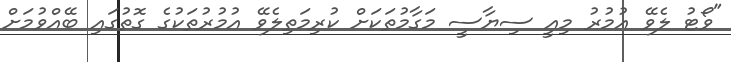
"ވޯޓު ލެވޭ އުމުރު މިއީ ސިޔާސީ މަގާމުތަކަށް ކުރިމަތިލެވޭ އުމުރުތަކުގެ ގޮތުގައި ބޭއްވުމަށް